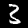
Digit: 3